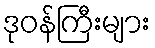
ဒုဝန်ကြီးများ